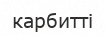
карбитті